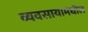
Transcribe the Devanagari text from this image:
व्यवसायामधील